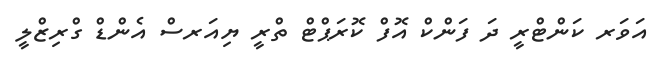
އަވަރ ކަންޓްރީ ދަ ފަންކް އޮފް ކޮރަޕްޓް ތްރީ ޔިއަރސް އެންޑް ގްރިޒްލީ